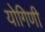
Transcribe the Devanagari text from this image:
योगिणी